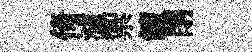
倚瀘禦饘閉